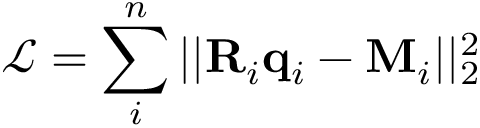
\mathcal { L } = \sum _ { i } ^ { n } | | \mathbf { R } _ { i } \mathbf { q } _ { i } - \mathbf { M } _ { i } | | _ { 2 } ^ { 2 }